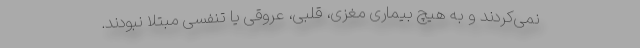
نمی‌کردند و به هیچ بیماری مغزی، قلبی، عروقی یا تنفسی مبتلا نبودند.